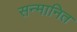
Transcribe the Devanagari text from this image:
सन्‍मानित